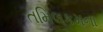
તમિલકમના